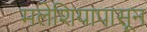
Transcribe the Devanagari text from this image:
मलेशियापासून